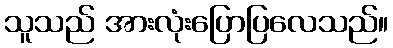
သူသည် အားလုံးပြောပြလေသည်။